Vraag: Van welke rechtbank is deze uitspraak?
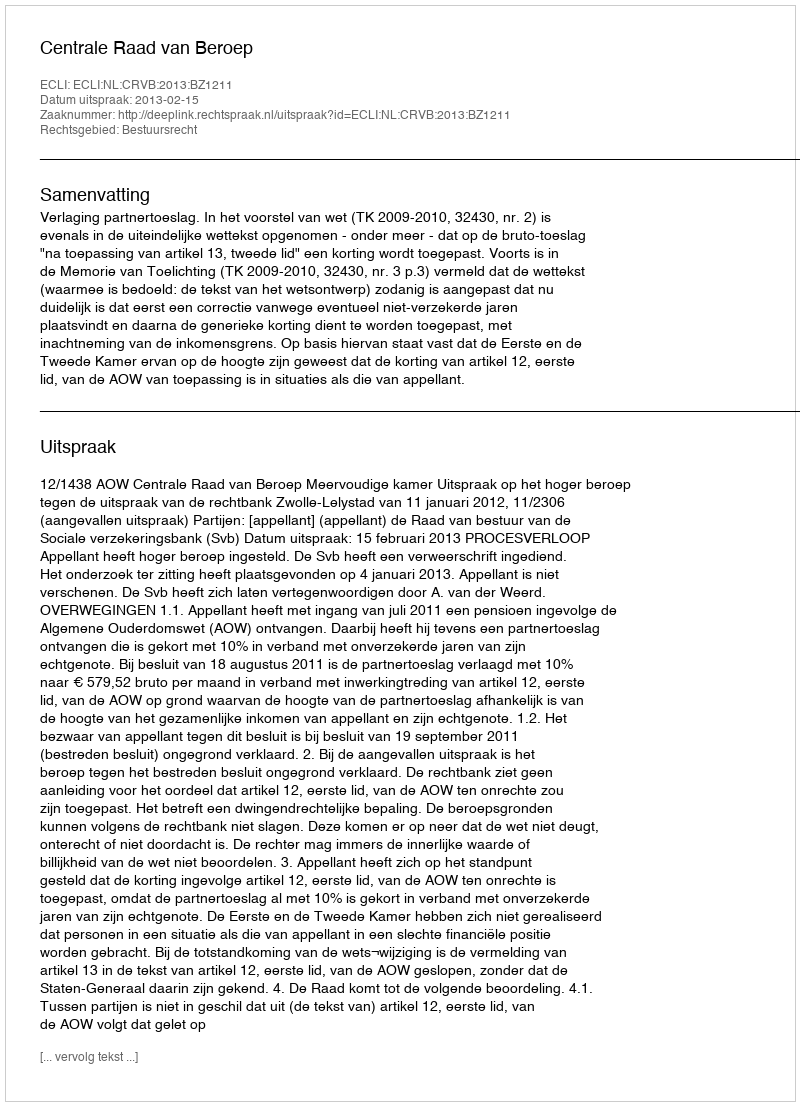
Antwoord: Centrale Raad van Beroep